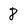
Character: 8